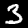
Digit: 3